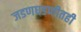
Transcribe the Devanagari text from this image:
जडणघडणीतही